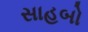
સાહબો